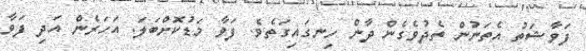
ފަވާޝަތު އެތަނުން ތެދުވެގެން ދާން ހިނގައިގަތެވެ. ފަވާ މަޑުކޮށްބަލަ. އަހަރެން އަދި ފަވާ